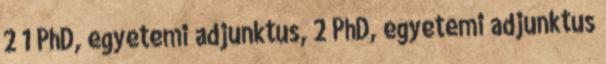
2 1 PhD, egyetemi adjunktus, 2 PhD, egyetemi adjunktus